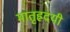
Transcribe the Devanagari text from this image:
मातृह्रदयी